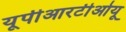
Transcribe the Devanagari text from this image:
यूपीआरटीओयू